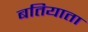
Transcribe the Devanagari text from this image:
बतियाता